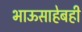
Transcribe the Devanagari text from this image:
भाऊसाहेबही